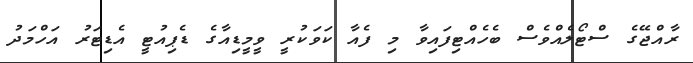
ރާއްޖޭގެ ސްޓޯލެއްވެސް ބެހެއްޓިފައިވާ މި ފެއާ ކަވަކުރީ ވީމީޑިއާގެ ޑެޕިއުޓީ އެޑިޓަރު އަހްމަދު